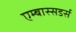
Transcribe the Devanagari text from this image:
एम्बास्सडर्स